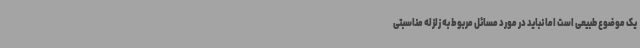
یک موضوع طبیعی است اما نباید در مورد مسائل مربوط به زلزله مناسبتی